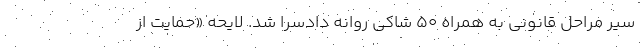
سیر مراحل قانونی به همراه ۵۰ شاکی روانه دادسرا شد. لایحه «حمایت از